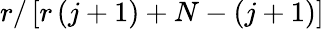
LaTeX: r/\left[r\left(j+1\right)+N-\left(j+1\right)\right]